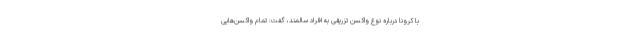
با کرونا درباره نوع واکسن تزریقی به افراد سالمند، گفت: تمام واکسن‌هایی